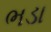
ભડા